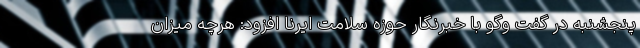
پنجشنبه در گفت وگو با خبرنگار حوزه سلامت ایرنا افزود: هرچه میزان